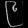
Digit: ၉